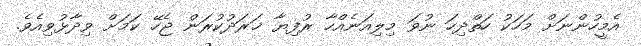
އެމީހުންނަށް މަހަކު ހަތްދިހަ ނުވަ މިލިއަނެއްހާ ރުފިޔާ ޚަރަދުކުރަން ޖެހޭ ކަމަށް ވިދާޅުވިއެވެ.